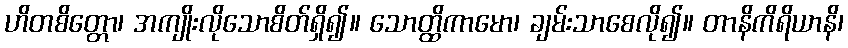
ဟိတစိတ္တော၊ အကျိုးလိုသောစိတ်ရှိ၍။ သောတ္ထိကာမော၊ ချမ်းသာစေလို၍။ တာနိကိရိယာနိ၊